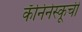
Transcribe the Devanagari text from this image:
कॅनिनेस्कूची